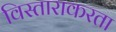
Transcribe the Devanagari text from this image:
विस्ताराकरता